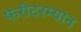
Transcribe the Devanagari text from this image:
फेरीदरम्यान